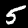
Label: 5